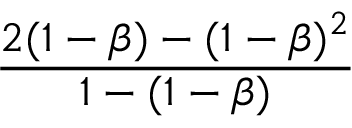
\frac { 2 ( 1 - \beta ) - ( 1 - \beta ) ^ { 2 } } { 1 - ( 1 - \beta ) }